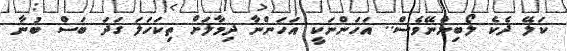
ކަލޭ ދެކެ ލޯބިންނޭވެސް.. އަހަންނަކީ އަހަންނާ ދިމާލަށް ތިކަހަލަ ގަދަ ބަސް ބުނާ